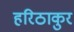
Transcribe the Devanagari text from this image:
हरिठाकुर